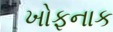
ખોફનાક